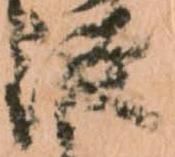
従